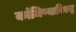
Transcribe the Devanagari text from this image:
कांजिण्याविरुद्ध